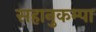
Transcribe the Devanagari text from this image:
सहानुकम्पा